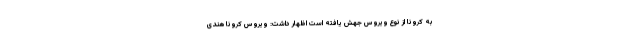
به کرونا از نوع ویروس جهش یافته است اظهار داشت: ویروس کرونا هندی